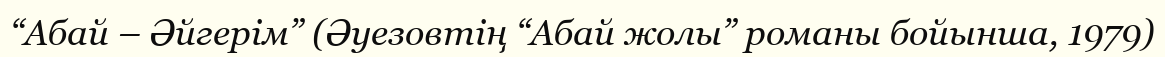
“Абай – Әйгерім” (Әуезовтің “Абай жолы” романы бойынша, 1979)